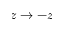
z \rightarrow - z